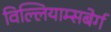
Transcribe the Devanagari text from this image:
विल्लियाम्सबेर्ग